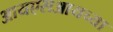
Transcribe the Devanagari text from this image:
आयएसआयच्या